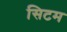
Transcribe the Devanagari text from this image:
सिटम